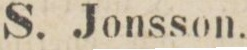
S. Jonsson.